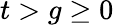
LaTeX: t>g\ge 0